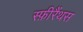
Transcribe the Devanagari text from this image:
स्फ़ीरैंथस